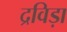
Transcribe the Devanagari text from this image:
द्रविड़ा